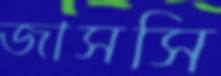
জাসসি